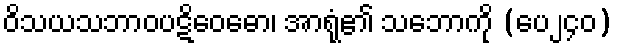
ဝိသယသဘာဝပဋိဝေဓော၊ အာရုံ၏ သဘောကို (ပေ၂၄၀)